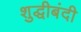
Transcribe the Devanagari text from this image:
शुद्धीबंदी